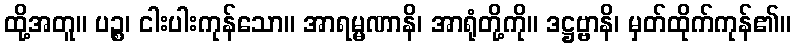
ထို့အတူ။ ပဉ္စ၊ ငါးပါးကုန်သော။ အာရမ္မဏာနိ၊ အာရုံတို့ကို။ ဒဋ္ဌဗ္ဗာနိ၊ မှတ်ထိုက်ကုန်၏။